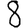
Digit: 8